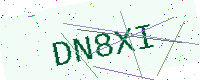
Text: DN8XI